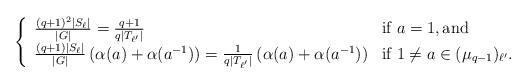
LaTeX: \begin{align*}\left\{\begin{array}{ll}\frac{(q+1)^2 |S_{\ell}|}{|G|} = \frac{q+1}{q |T_{\ell'}|}& \mbox{if } a = 1, \mbox{and} \\\frac{(q+1)|S_{\ell}|}{|G|} \left(\alpha(a)+ \alpha(a^{-1}) \right) = \frac{1}{q |T_{\ell'}|} \left(\alpha(a)+ \alpha(a^{-1}) \right)& \mbox{if } 1 \neq a \in (\mu_{q-1})_{\ell'}.\end{array} \right. \end{align*}